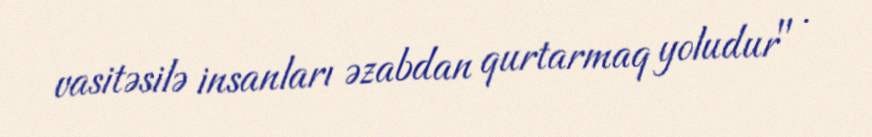
vasitəsilə insanları əzabdan qurtarmaq yoludur" .